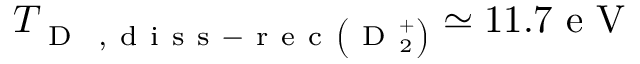
T _ { \mathrm { ~ D ~ } \mathrm { ~ , ~ d ~ i ~ s ~ s ~ - ~ r ~ e ~ c ~ } \left( \mathrm { ~ D ~ } _ { 2 } ^ { + } \right) } \simeq 1 1 . 7 \mathrm { ~ e ~ V ~ }